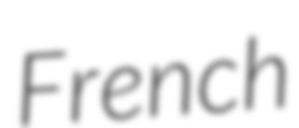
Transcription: French